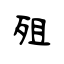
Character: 殂